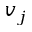
v _ { j }